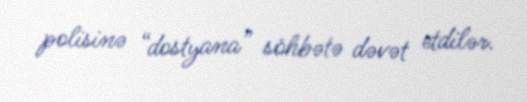
polisinə “dostyana” söhbətə dəvət etdilər.